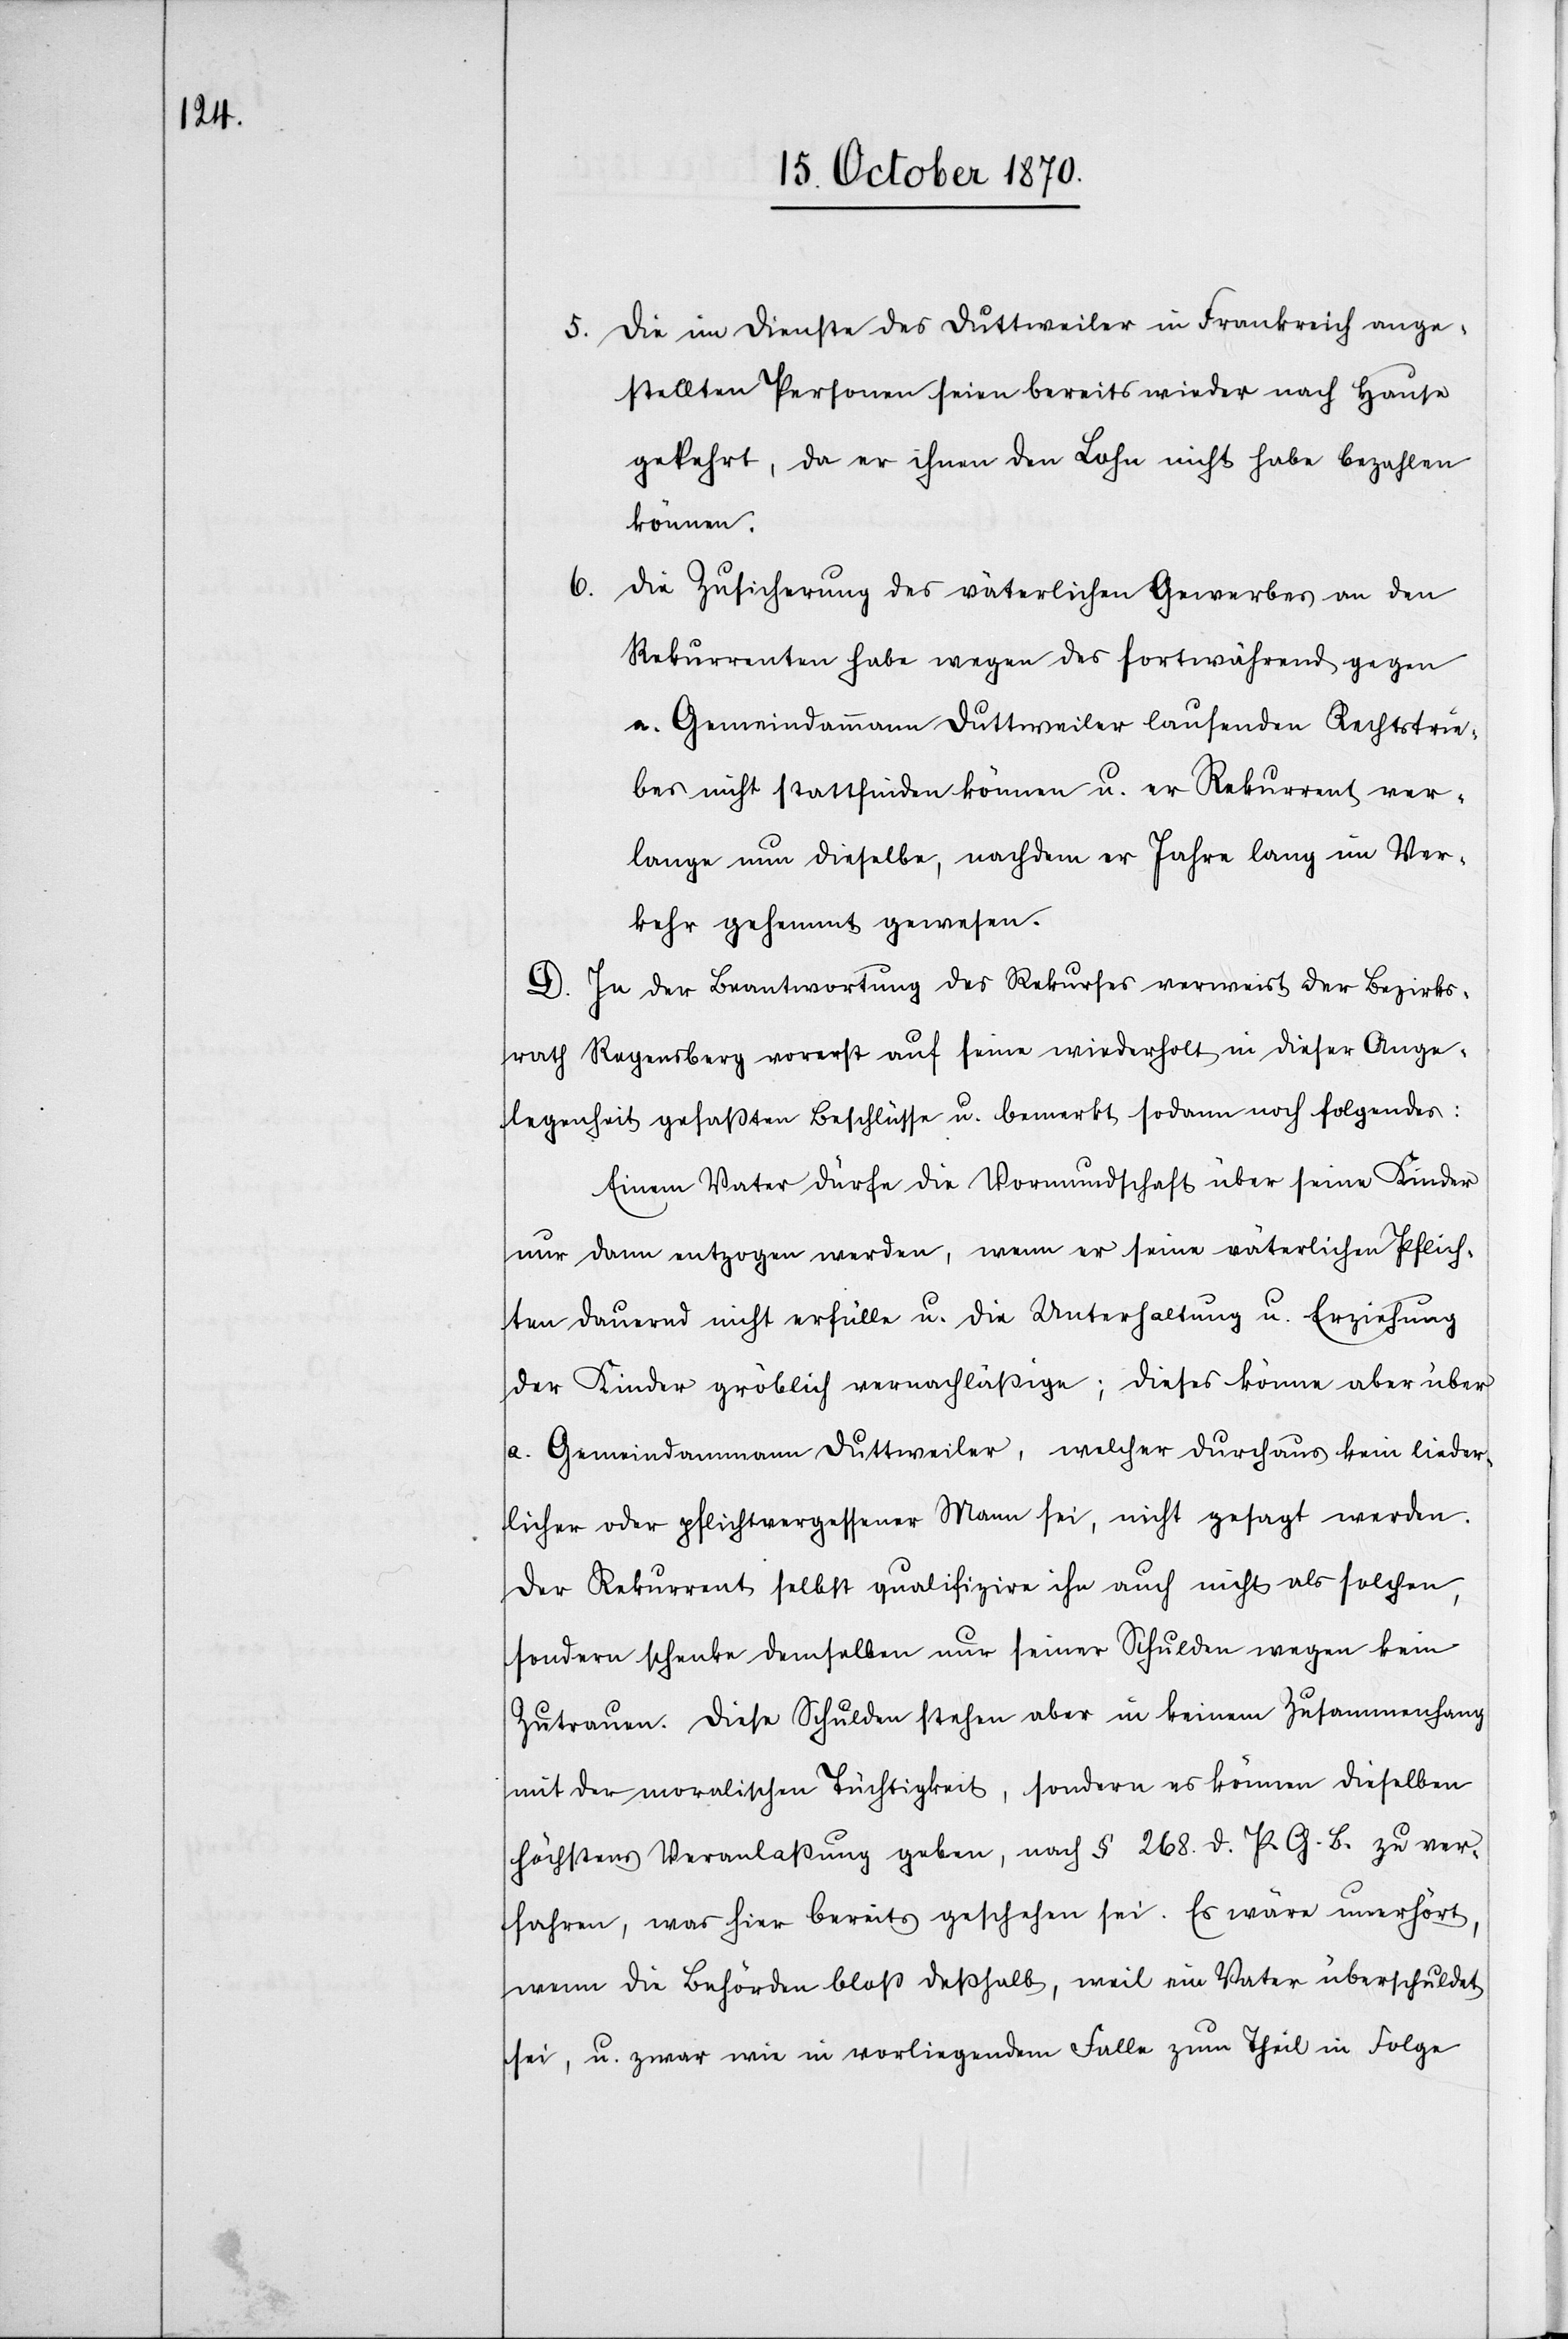
5. die im Dienste des Duttweiler in Frankreich ange¬
stellten Personen seien bereits wieder nach Hause
gekehrt, da er ihnen den Lohn nicht habe bezahlen
können.
6.
Die Zusicherung des väterlichen Gewerbes an den
Rekurrenten habe wegen des fortwährend gegen
a. Gemeindammann Duttweiler laufenden Rechtstrie¬
bes nicht stattfinden können u. [d]er Rekurrent ver¬
lange nun dieselbe, nachdem er Jahre lang im Ver¬
kehr gehemmt gewesen.
D. In der Beantwortung des Rekurses verweist der Bezirks¬
rath Regensberg vorerst auf seine wiederholt in dieser Ange¬
legenheit gefaßten Beschlüsse u. bemerkt sodann noch folgendes:
Einem Vater dürfe die Vormundschaft über seine Kinder
nur dann entzogen werden, wenn er seine väterlichen Pflich¬
ten dauernd nicht erfülle u. die Unterhaltung u. Erziehung
der Kinder gröblich vernachlässige; dieses könne aber über
a. Gemeindammann Duttweiler, welcher durchaus kein lieder¬
licher oder pflichtvergessener Mann sei, nicht gesagt werden.
Der Rekurrent selbst qualifizire ihn auch nicht als solchen,
sondern schenke demselben nur seiner Schulden wegen kein
Zutrauen. Diese Schulden stehen aber in keinem Zusammenhang
mit der moralischen Tüchtigkeit, sondern es können dieselben
höchstens Veranlaßung geben, nach § 268. d. P. G. B. zu ver¬
fahren, was hier bereits geschehen sei. Es wäre unerhört,
wenn die Behörden bloß deßhalb, weil ein Vater überschuldet
sei, u. zwar wie in vorliegendem Falle zum Theil in Folge